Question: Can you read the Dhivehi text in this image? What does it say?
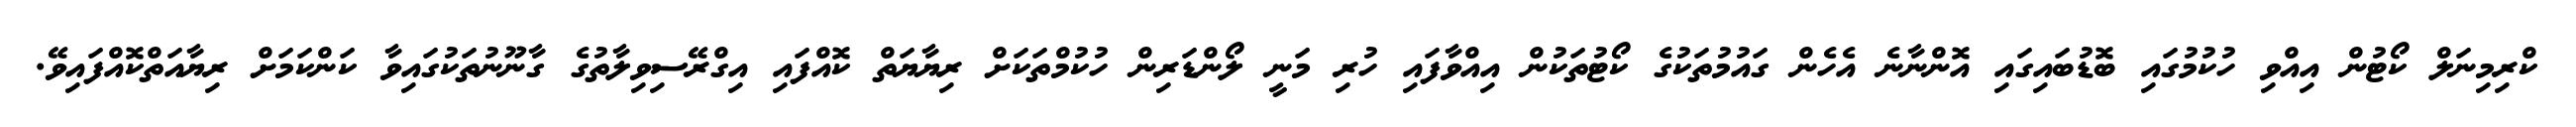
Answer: ކްރިމިނަލް ކޯޓުން އިއްވި ހުކުމުގައި ބޮޑުބައިގައި އޮންނާނެ އެހެން ގައުމުތަކުގެ ކޯޓުތަކުން އިއްވާފައި ހުރި މަނީ ލޯންޑަރިން ހުކުމްތަކަށް ރިޔާޔަތް ކޮއްފައި އިގްރޭސިވިލާތުގެ ގާނޫނުތަކުގައިވާ ކަންކަމަށް ރިޔާއަތްކޮއްފައިވޭ.